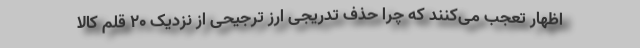
اظهار تعجب می‌کنند که چرا حذف تدریجی ارز ترجیحی از نزدیک 20 قلم کالا